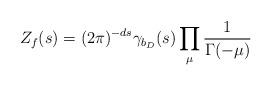
LaTeX: \begin{align*}Z_f(s) = (2 \pi)^{-d s} \gamma_{b_D}(s) \prod_{\mu}\frac{1}{\Gamma(-\mu)}\end{align*}